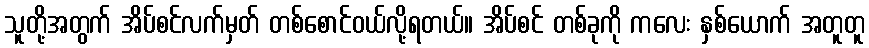
သူတို့အတွက် အိပ်စင်လက်မှတ် တစ်စောင်ဝယ်လို့ရတယ်။ အိပ်စင် တစ်ခုကို ကလေး နှစ်ယောက် အတူတူ